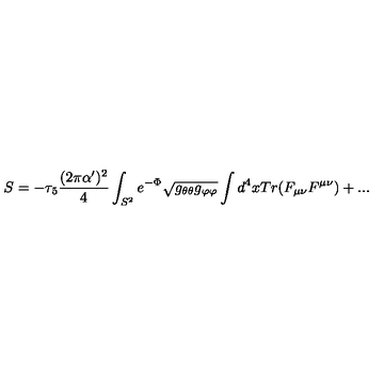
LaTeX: S = - \tau _ { 5 } { \frac { ( 2 \pi \alpha ^ { \prime } ) ^ { 2 } } { 4 } } \int _ { S ^ { 2 } } e ^ { - \Phi } \sqrt { g _ { \theta \theta } g _ { \varphi \varphi } } \int d ^ { 4 } x T r ( F _ { \mu \nu } F ^ { \mu \nu } ) + . . .